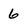
Character: 6